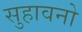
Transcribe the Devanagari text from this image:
सुहावनो